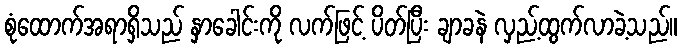
စုံထောက်အရာရှိသည် နှာခေါင်းကို လက်ဖြင့် ပိတ်ပြီး ချာခနဲ လှည့်ထွက်လာခဲ့သည်။